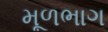
મૂળભાગ